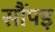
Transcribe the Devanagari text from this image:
सौंपइ